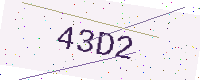
Text: 43D2